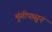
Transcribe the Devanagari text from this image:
मुंगीपासून